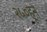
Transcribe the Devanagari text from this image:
२५०हून